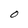
Character: O